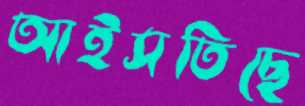
আইসতিছে